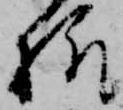
様